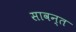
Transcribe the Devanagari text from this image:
सावन्‍त